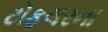
ટોફલરના